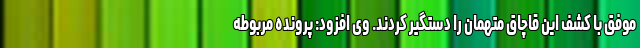
موفق با کشف این قاچاق متهمان را دستگیر کردند. وی افزود: پرونده مربوطه